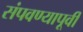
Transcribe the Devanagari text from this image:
संपवण्यापूर्वी